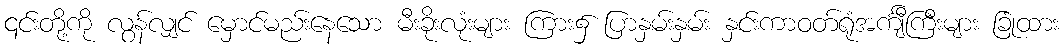
၎င်းတို့ကို လွန်လျှင် မှောင်မည်းနေသော မီးခိုးလုံးများ ကြား၌ ပြာနှမ်းနှမ်း နှင်းကာဝတ်ရုံအင်္ကျီကြီးများ ခြုံထား